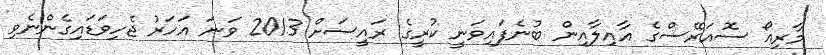
މާރިއޯ ސޮއަރޭސްގެ އާއިލާއިން ބުނެފައިވަނީ ކުރީގެ ރައީސަށް 2013 ވަނަ އަހަރު ޖެހިވަޑައިގެންނެވި